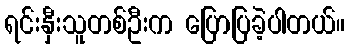
ရင်းနှီးသူတစ်ဦးက ပြောပြခဲ့ပါတယ်။